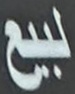
للبيع